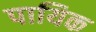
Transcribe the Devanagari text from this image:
पायिक